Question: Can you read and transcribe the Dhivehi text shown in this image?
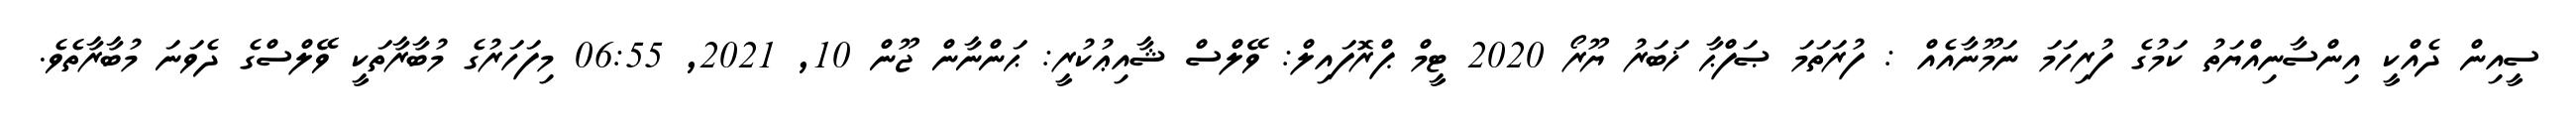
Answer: ސީއިން ދެއްކީ އިންސާނިއްޔަތު ކަމުގެ ފުރިހަމަ ނަމޫނާއެއް : ފުރަތަމަ ޞަފްޙާ ޚަބަރު ޔޫރޯ 2020 ޓީމް ޕްރޮފައިލް: ވޭލްސް ޝާއިޢުކުރީ: ޙަންނާން ޖޫން 10, 2021, 06:55 މިފަހަރުގެ މުބާރާތަކީ ވޭލްސްގެ ދެވަނަ މުބާރާތެވެ.